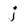
Character: j